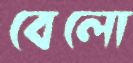
বেলো